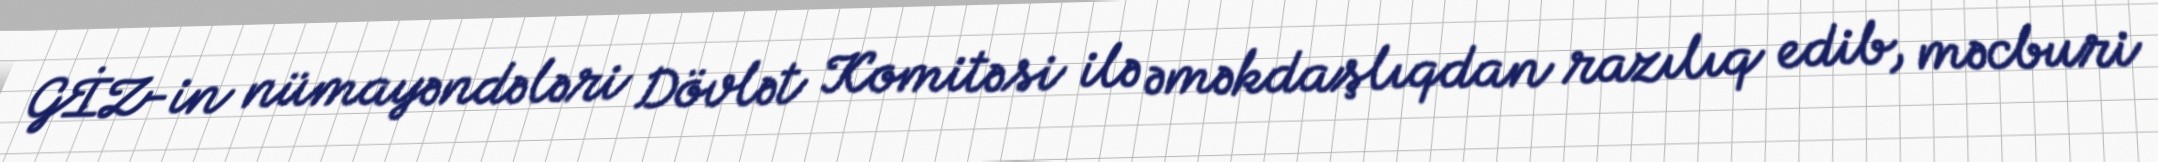
GİZ-in nümayəndələri Dövlət Komitəsi ilə əməkdaşlıqdan razılıq edib, məcburi